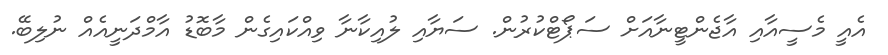
އެއީ މެސީއާއި އާޖެންޓީނާއަށް ސަޕޯޓްކުރުން. ސަޔާއި ލުއިކާނާ ވިއްކައިގެން މާބޮޑު އާމްދަނީއެއް ނުލިބޭ.